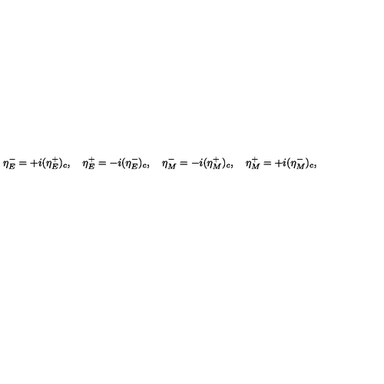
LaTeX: \eta _ { E } ^ { - } = + i ( \eta _ { E } ^ { + } ) _ { c } , \quad \eta _ { E } ^ { + } = - i ( \eta _ { E } ^ { - } ) _ { c } , \quad \eta _ { M } ^ { - } = - i ( \eta _ { M } ^ { + } ) _ { c } , \quad \eta _ { M } ^ { + } = + i ( \eta _ { M } ^ { - } ) _ { c } ,